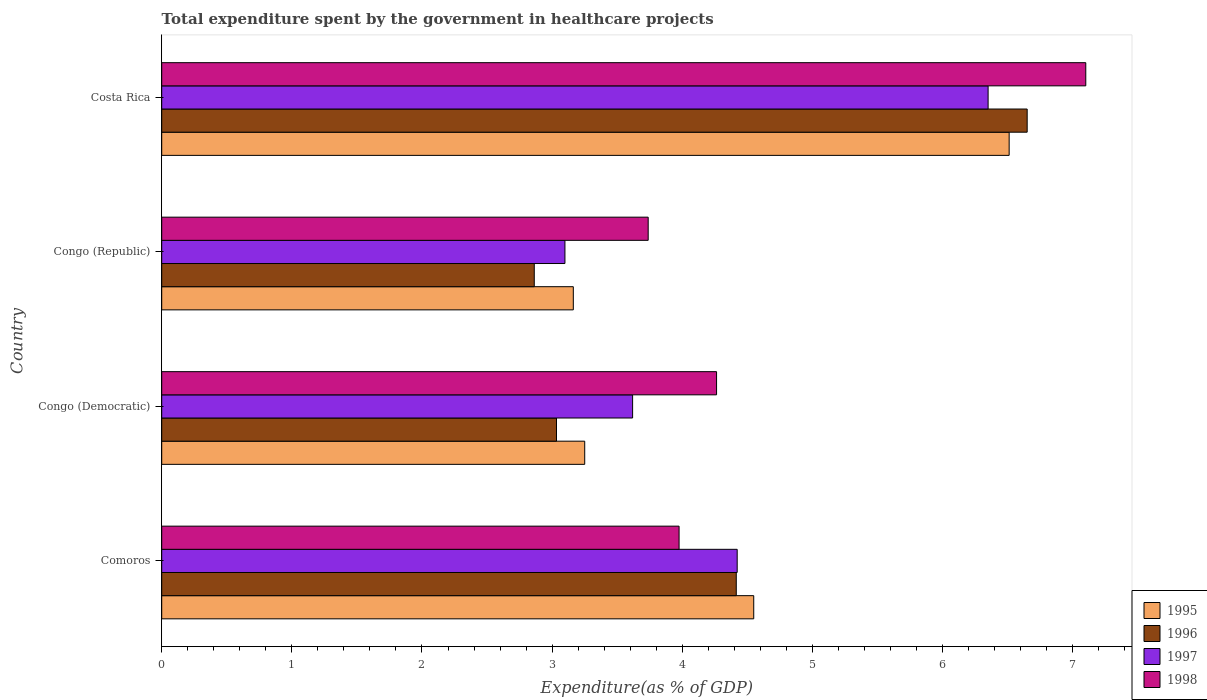
| Country | 1995 | 1996 | 1997 | 1998 |
 | --- | --- | --- | --- | --- |
 | Comoros | 4.55 | 4.42 | 4.42 | 3.98 |
 | Congo (Democratic) | 3.25 | 3.03 | 3.62 | 4.26 |
 | Congo (Republic) | 3.16 | 2.86 | 3.1 | 3.74 |
 | Costa Rica | 6.51 | 6.65 | 6.35 | 7.1 |